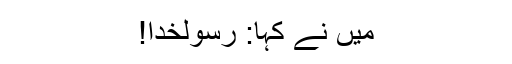
میں نے کہا: رسولخدا!